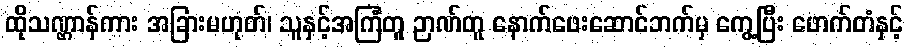
ထိုသဏ္ဌာန်ကား အခြားမဟုတ်၊ သူနှင့်အကြံတူ ဉာဏ်တူ နောက်ဖေးဆောင်ဘက်မှ ကွေ့ပြီး ဖောက်တံနှင့်